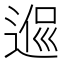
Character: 𨔃